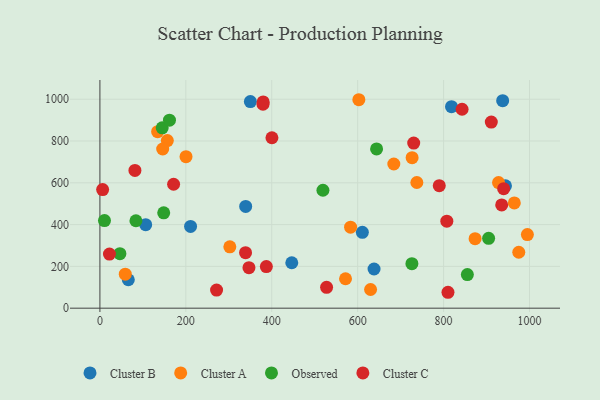
{"axis": {"x": "Ad Spend", "y": "Sales"}, "legend": ["Cluster A", "Cluster B", "Cluster C", "Observed"], "data": [{"x": "944.0", "y": 585.6, "type": "Cluster B"}, {"x": "339.3", "y": 486.9, "type": "Cluster B"}, {"x": "610.9", "y": 362.8, "type": "Cluster B"}, {"x": "937.5", "y": 992.9, "type": "Cluster B"}, {"x": "211.0", "y": 391.3, "type": "Cluster B"}, {"x": "818.4", "y": 964.5, "type": "Cluster B"}, {"x": "446.6", "y": 217.5, "type": "Cluster B"}, {"x": "66.1", "y": 136.0, "type": "Cluster B"}, {"x": "350.2", "y": 988.6, "type": "Cluster B"}, {"x": "106.5", "y": 399.4, "type": "Cluster B"}, {"x": "638.1", "y": 187.6, "type": "Cluster B"}, {"x": "927.9", "y": 601.0, "type": "Cluster A"}, {"x": "684.1", "y": 690.1, "type": "Cluster A"}, {"x": "59.0", "y": 162.9, "type": "Cluster A"}, {"x": "726.7", "y": 720.1, "type": "Cluster A"}, {"x": "737.7", "y": 601.4, "type": "Cluster A"}, {"x": "964.6", "y": 503.8, "type": "Cluster A"}, {"x": "156.9", "y": 802.3, "type": "Cluster A"}, {"x": "571.7", "y": 140.9, "type": "Cluster A"}, {"x": "630.0", "y": 89.4, "type": "Cluster A"}, {"x": "602.7", "y": 997.6, "type": "Cluster A"}, {"x": "975.0", "y": 267.6, "type": "Cluster A"}, {"x": "873.3", "y": 332.8, "type": "Cluster A"}, {"x": "200.4", "y": 724.9, "type": "Cluster A"}, {"x": "302.4", "y": 293.4, "type": "Cluster A"}, {"x": "146.1", "y": 761.8, "type": "Cluster A"}, {"x": "995.0", "y": 352.0, "type": "Cluster A"}, {"x": "583.5", "y": 387.5, "type": "Cluster A"}, {"x": "134.3", "y": 844.6, "type": "Cluster A"}, {"x": "644.0", "y": 762.2, "type": "Observed"}, {"x": "726.2", "y": 213.0, "type": "Observed"}, {"x": "904.8", "y": 334.3, "type": "Observed"}, {"x": "46.5", "y": 261.0, "type": "Observed"}, {"x": "145.0", "y": 863.2, "type": "Observed"}, {"x": "10.6", "y": 419.1, "type": "Observed"}, {"x": "519.1", "y": 564.4, "type": "Observed"}, {"x": "148.5", "y": 456.4, "type": "Observed"}, {"x": "855.3", "y": 160.7, "type": "Observed"}, {"x": "83.8", "y": 418.5, "type": "Observed"}, {"x": "161.9", "y": 899.8, "type": "Observed"}, {"x": "810.2", "y": 76.1, "type": "Cluster C"}, {"x": "271.5", "y": 86.8, "type": "Cluster C"}, {"x": "379.6", "y": 976.2, "type": "Cluster C"}, {"x": "935.2", "y": 494.0, "type": "Cluster C"}, {"x": "527.6", "y": 99.8, "type": "Cluster C"}, {"x": "939.8", "y": 571.9, "type": "Cluster C"}, {"x": "22.2", "y": 258.8, "type": "Cluster C"}, {"x": "400.4", "y": 815.6, "type": "Cluster C"}, {"x": "346.9", "y": 193.8, "type": "Cluster C"}, {"x": "81.5", "y": 659.1, "type": "Cluster C"}, {"x": "843.0", "y": 952.0, "type": "Cluster C"}, {"x": "911.0", "y": 890.4, "type": "Cluster C"}, {"x": "387.4", "y": 198.9, "type": "Cluster C"}, {"x": "380.0", "y": 987.1, "type": "Cluster C"}, {"x": "339.0", "y": 265.5, "type": "Cluster C"}, {"x": "730.4", "y": 790.3, "type": "Cluster C"}, {"x": "807.5", "y": 416.6, "type": "Cluster C"}, {"x": "789.9", "y": 586.3, "type": "Cluster C"}, {"x": "6.3", "y": 567.6, "type": "Cluster C"}, {"x": "171.5", "y": 593.1, "type": "Cluster C"}]}